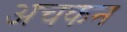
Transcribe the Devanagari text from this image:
अचकन